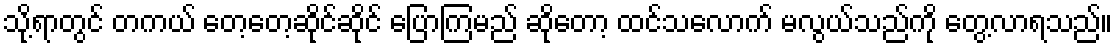
သို့ရာတွင် တကယ် တေ့တေ့ဆိုင်ဆိုင် ပြောကြမည် ဆိုတော့ ထင်သလောက် မလွယ်သည်ကို တွေ့လာရသည်။